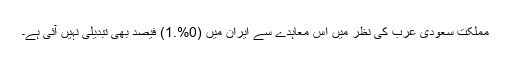
مملکت سعودى عرب کى نظر میں اس معاہدے سے ایران میں (0%.1) فیصد بهى تبدیلى نہیں آئى ہے۔